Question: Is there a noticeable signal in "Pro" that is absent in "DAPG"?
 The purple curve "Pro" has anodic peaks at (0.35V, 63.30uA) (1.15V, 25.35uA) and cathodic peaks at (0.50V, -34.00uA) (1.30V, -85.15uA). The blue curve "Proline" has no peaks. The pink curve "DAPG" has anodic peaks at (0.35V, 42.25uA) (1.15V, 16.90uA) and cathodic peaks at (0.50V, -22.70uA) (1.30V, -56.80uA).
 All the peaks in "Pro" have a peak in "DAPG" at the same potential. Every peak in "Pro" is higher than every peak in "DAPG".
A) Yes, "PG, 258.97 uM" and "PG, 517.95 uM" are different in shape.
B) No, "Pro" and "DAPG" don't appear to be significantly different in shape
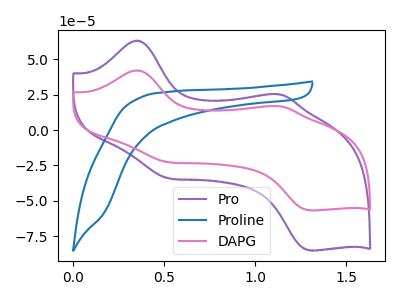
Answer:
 <answer>B) No, "Pro" and "DAPG" don't appear to be significantly different in shape</answer>
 <eval>B</eval>